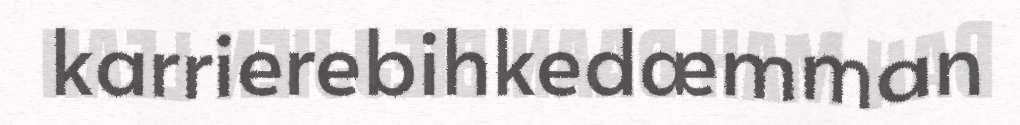
karrierebihkedæmman